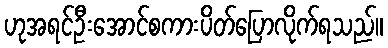
ဟုအရင်ဦးအောင်စကားပိတ်ပြောလိုက်ရသည်။